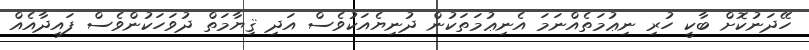
ހޭދަނުކޮށް ބާކީ ހުރި ނިޢުމަތެއްނަމަ އެނިޢުމަތަކުން ދުނިޔެއަކުވެސް އަދި ޤިޔާމަތް ދުވަހަކުންވެސް ފައިދާއެއް